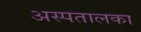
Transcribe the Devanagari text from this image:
अस्पतालका